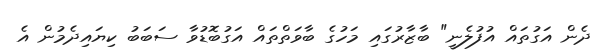
ދެން އަގުތައް އުފުލެނީ" ބާޒާރުގައި މަހުގެ ބާވަތްތައް އަގުބޮޑުވާ ސަބަބު ކިޔައިދެމުން އެ